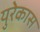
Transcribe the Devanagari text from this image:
युरेकास